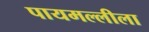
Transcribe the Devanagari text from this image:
पायमल्लीला